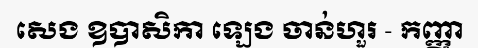
សេង ឧបាសិកា ឡេង ចាន់ហួរ - កញ្ញា